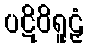
ပဋိဝိရူဠှံ